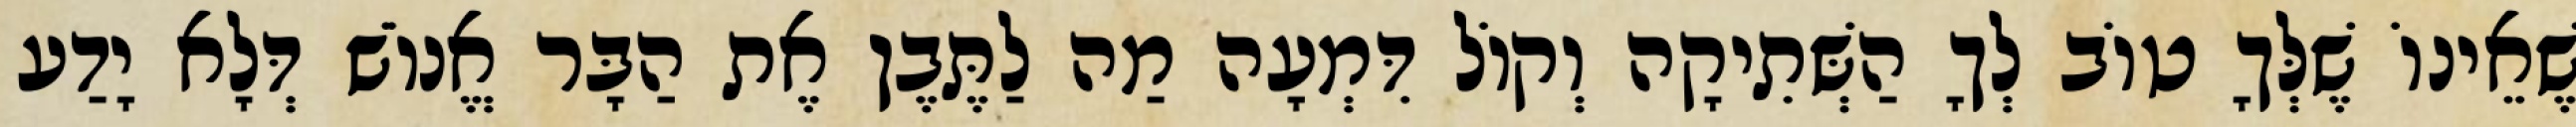
שֶׁאֵינוֹ שֶׁלְּךָ טוֹב לְךָ הַשְּׁתִיקָה וְקוֹל דִּמְעָה מַה לַתֶּבֶן אֶת הַבָּר אֱנוֹשׁ דְּלָא יָדַע